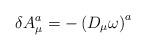
LaTeX: \begin{align*}\delta A_{\mu }^{a}=-\left( D_{\mu }\omega \right) ^{a}\end{align*}